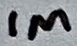
Text: 1M